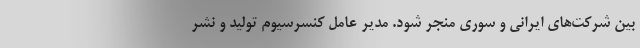
بین شرکت‌های ایرانی و سوری منجر شود. مدیر عامل کنسرسیوم تولید و نشر